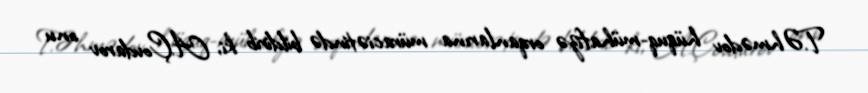
T.Əhmədov hüquq-mühafizə orqanlarına müraciətində bildirib ki, A.Çovdarov onu